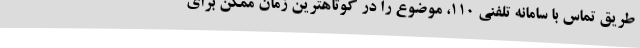
طریق تماس با سامانه تلفنی 110، موضوع را در کوتاهترین زمان ممکن برای